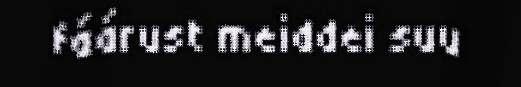
fáárust meiddei suu